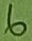
Text: 6